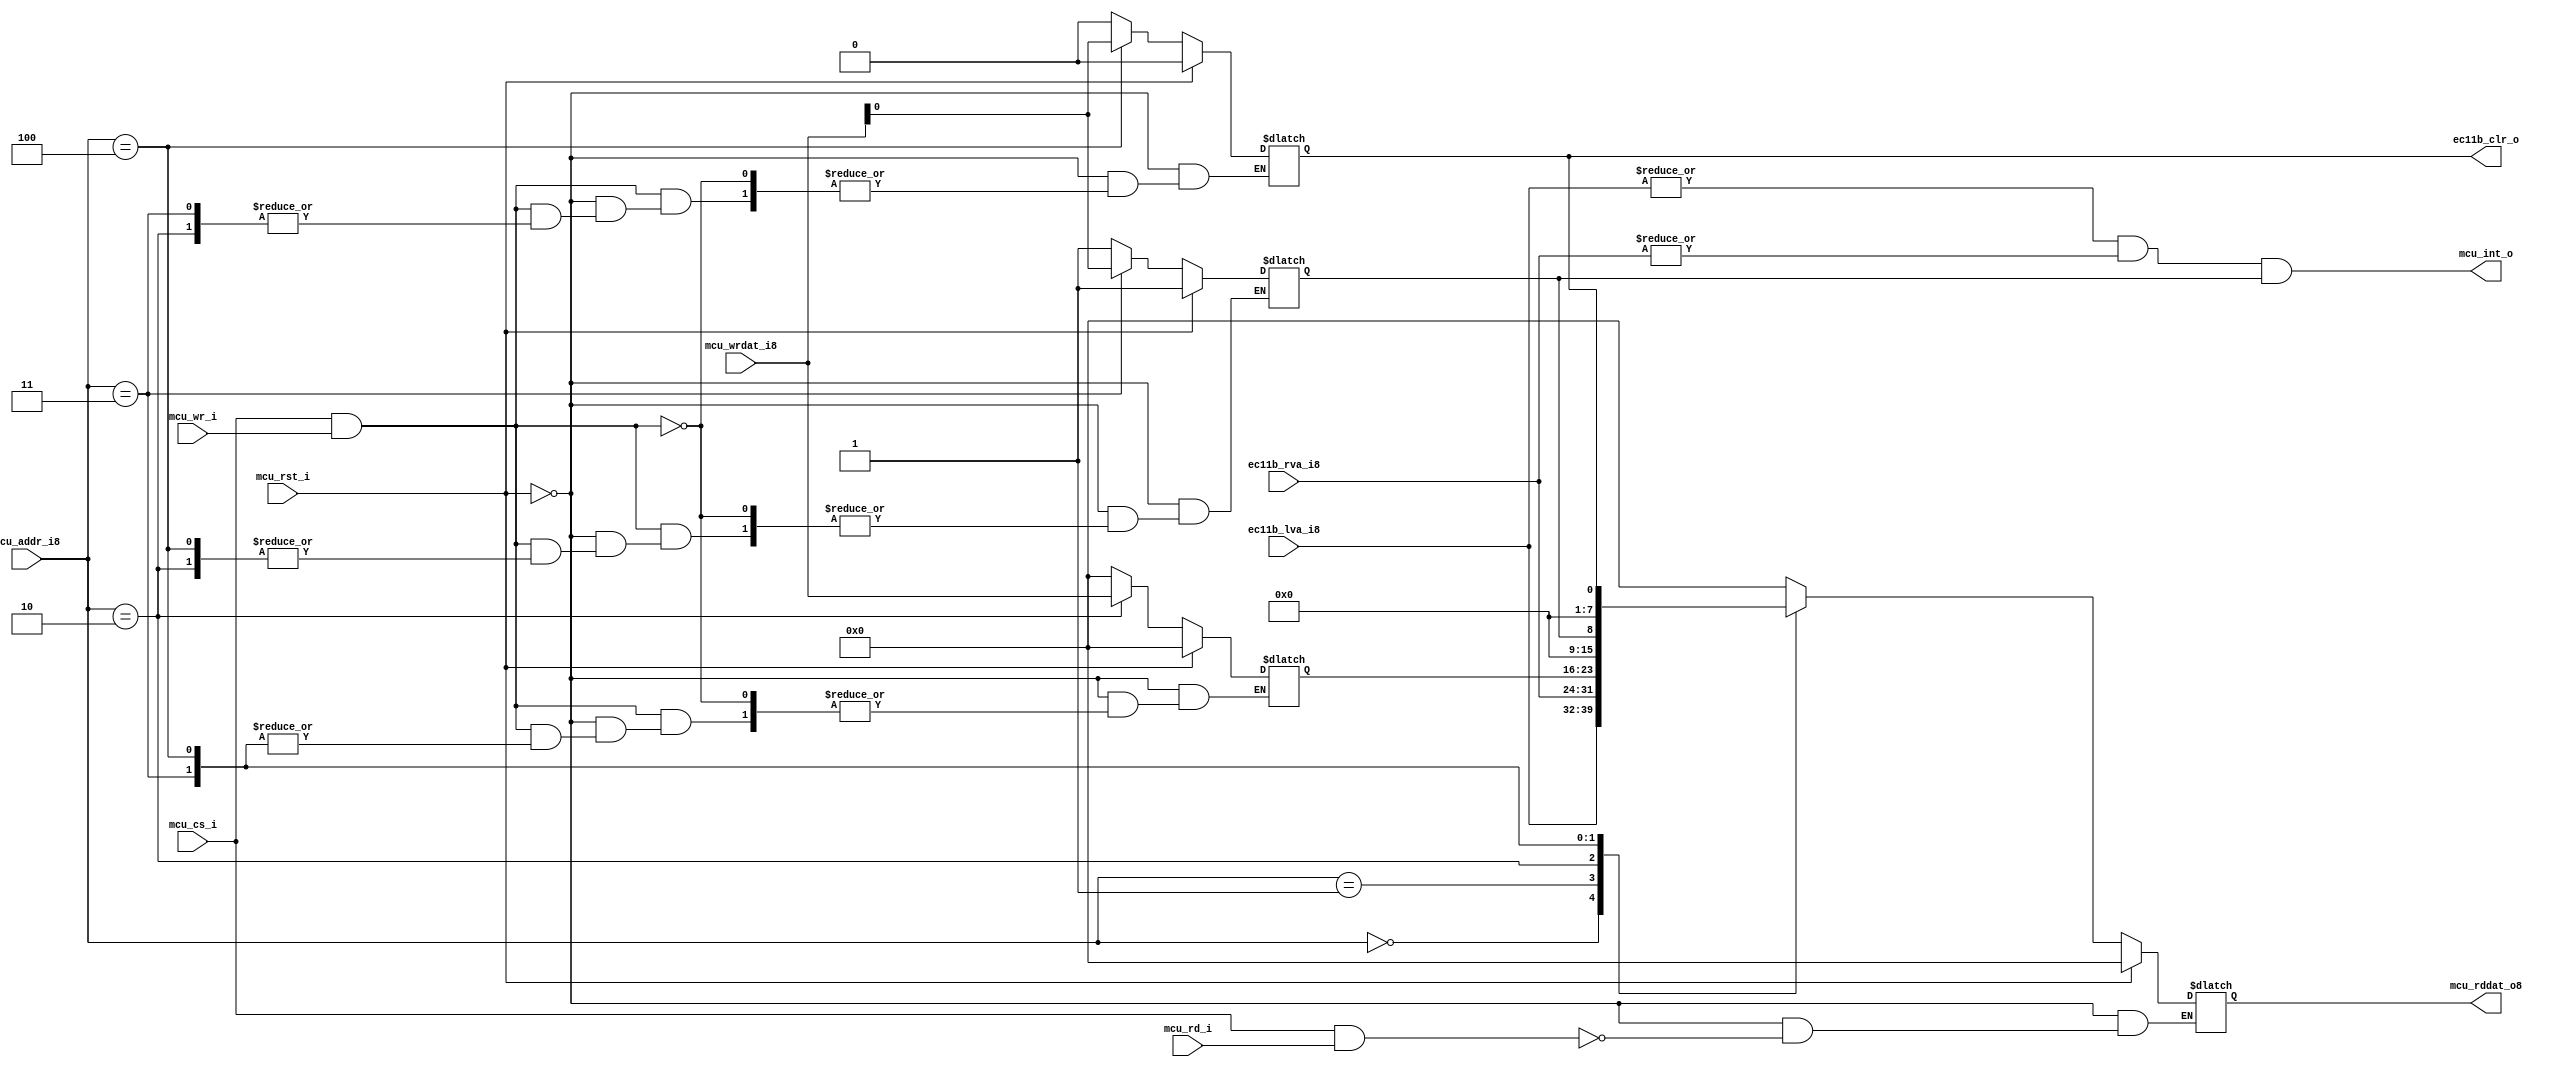

`timescale 1ns/10ps
module ec11b_reg
(
    mcu_rst_i    ,
    mcu_cs_i     ,
    mcu_wr_i     ,
    mcu_rd_i     ,
    mcu_addr_i8  ,
    mcu_wrdat_i8 ,
    mcu_rddat_o8 ,
    mcu_int_o    ,
    
    ec11b_clr_o  ,
    ec11b_lva_i8 ,
    ec11b_rva_i8 ,
    
);

input       mcu_rst_i    ;
input       mcu_cs_i     ;
input       mcu_wr_i     ;
input       mcu_rd_i     ;
input [7:0] mcu_addr_i8  ;
input [7:0] mcu_wrdat_i8 ;
output[7:0] mcu_rddat_o8 ;
output      mcu_int_o    ;

output      ec11b_clr_o  ;
input [7:0] ec11b_lva_i8 ;
input [7:0] ec11b_rva_i8 ;

reg   [7:0] mcu_rddat_o8;
reg   [7:0] test_r8      ;
reg         mcu_intmsk_r ;
reg         ec11b_clr_r  ;

//----------------------------------------------------------
assign ec11b_int_i = 1'b0;

//assign ec11b_clr_o = mcu_cs_i&(mcu_wr_i|mcu_rd_i);

assign ec11b_clr_o = ec11b_clr_r;

assign mcu_int_o = (|ec11b_lva_i8)&(|ec11b_rva_i8)&mcu_intmsk_r;

//----------------------------------------------------------
always@ ( * )
begin
  if(mcu_rst_i)
    mcu_rddat_o8   =  8'h00;
  else if (mcu_cs_i & mcu_rd_i)
  begin
    case (mcu_addr_i8[7:0])
      8'h00:  mcu_rddat_o8[7:0] =  ec11b_lva_i8 ;
      8'h01:  mcu_rddat_o8[7:0] =  ec11b_rva_i8 ;
      8'h02:  mcu_rddat_o8[7:0] =  test_r8;
      8'h03:  mcu_rddat_o8[7:0] =  {7'b0,mcu_intmsk_r};
      8'h04:  mcu_rddat_o8[7:0] =  {7'b0,ec11b_clr_r};
      
    default:  mcu_rddat_o8[7:0] =  8'h0;
    endcase
  end
end

//----------------------------------------------------------
always@( * )
begin
  if(mcu_rst_i)
  begin
      test_r8      = 8'h00;
      mcu_intmsk_r = 1'b1;
      ec11b_clr_r  = 1'b0;
  end
  else if (mcu_cs_i & mcu_wr_i)
  begin
    case (mcu_addr_i8[7:0])
//    8'h00:  ec11b_lva_o8      =  mcu_wrdat_i8[7:0];
//    8'h01:  ec11b_lva_o8      =  mcu_wrdat_i8[7:0];

      8'h02:  test_r8           =  mcu_wrdat_i8[7:0];//
      8'h03:  mcu_intmsk_r      =  mcu_wrdat_i8[0];  //
      8'h04:  ec11b_clr_r       =  mcu_wrdat_i8[0];  //VALUE
      
    default:
      begin
          test_r8      = 8'h00;
          mcu_intmsk_r = 1'b1;
          ec11b_clr_r  = 1'b0;
      end
    endcase
  end
end

//---------------------------------------------------
endmodule